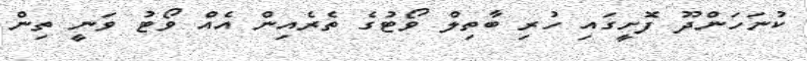
ކުނަހަންދޫ ފޮށީގައި ހުރި ބާތިލް ވޯޓުގެ ތެރެއިން އެއް ވޯޓު ވަނީ ތިން